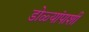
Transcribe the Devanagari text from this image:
डोळ्यांपाशी